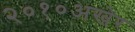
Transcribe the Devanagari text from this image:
२०१०अखेर